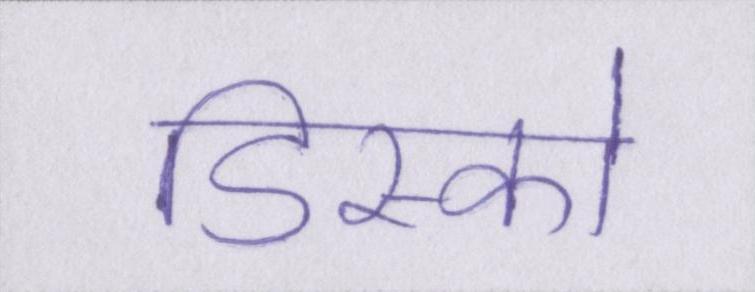
डिस्को